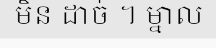
មិន ដាច់ ។ ម្នាល